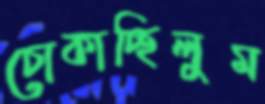
চোকাচ্ছিলুম